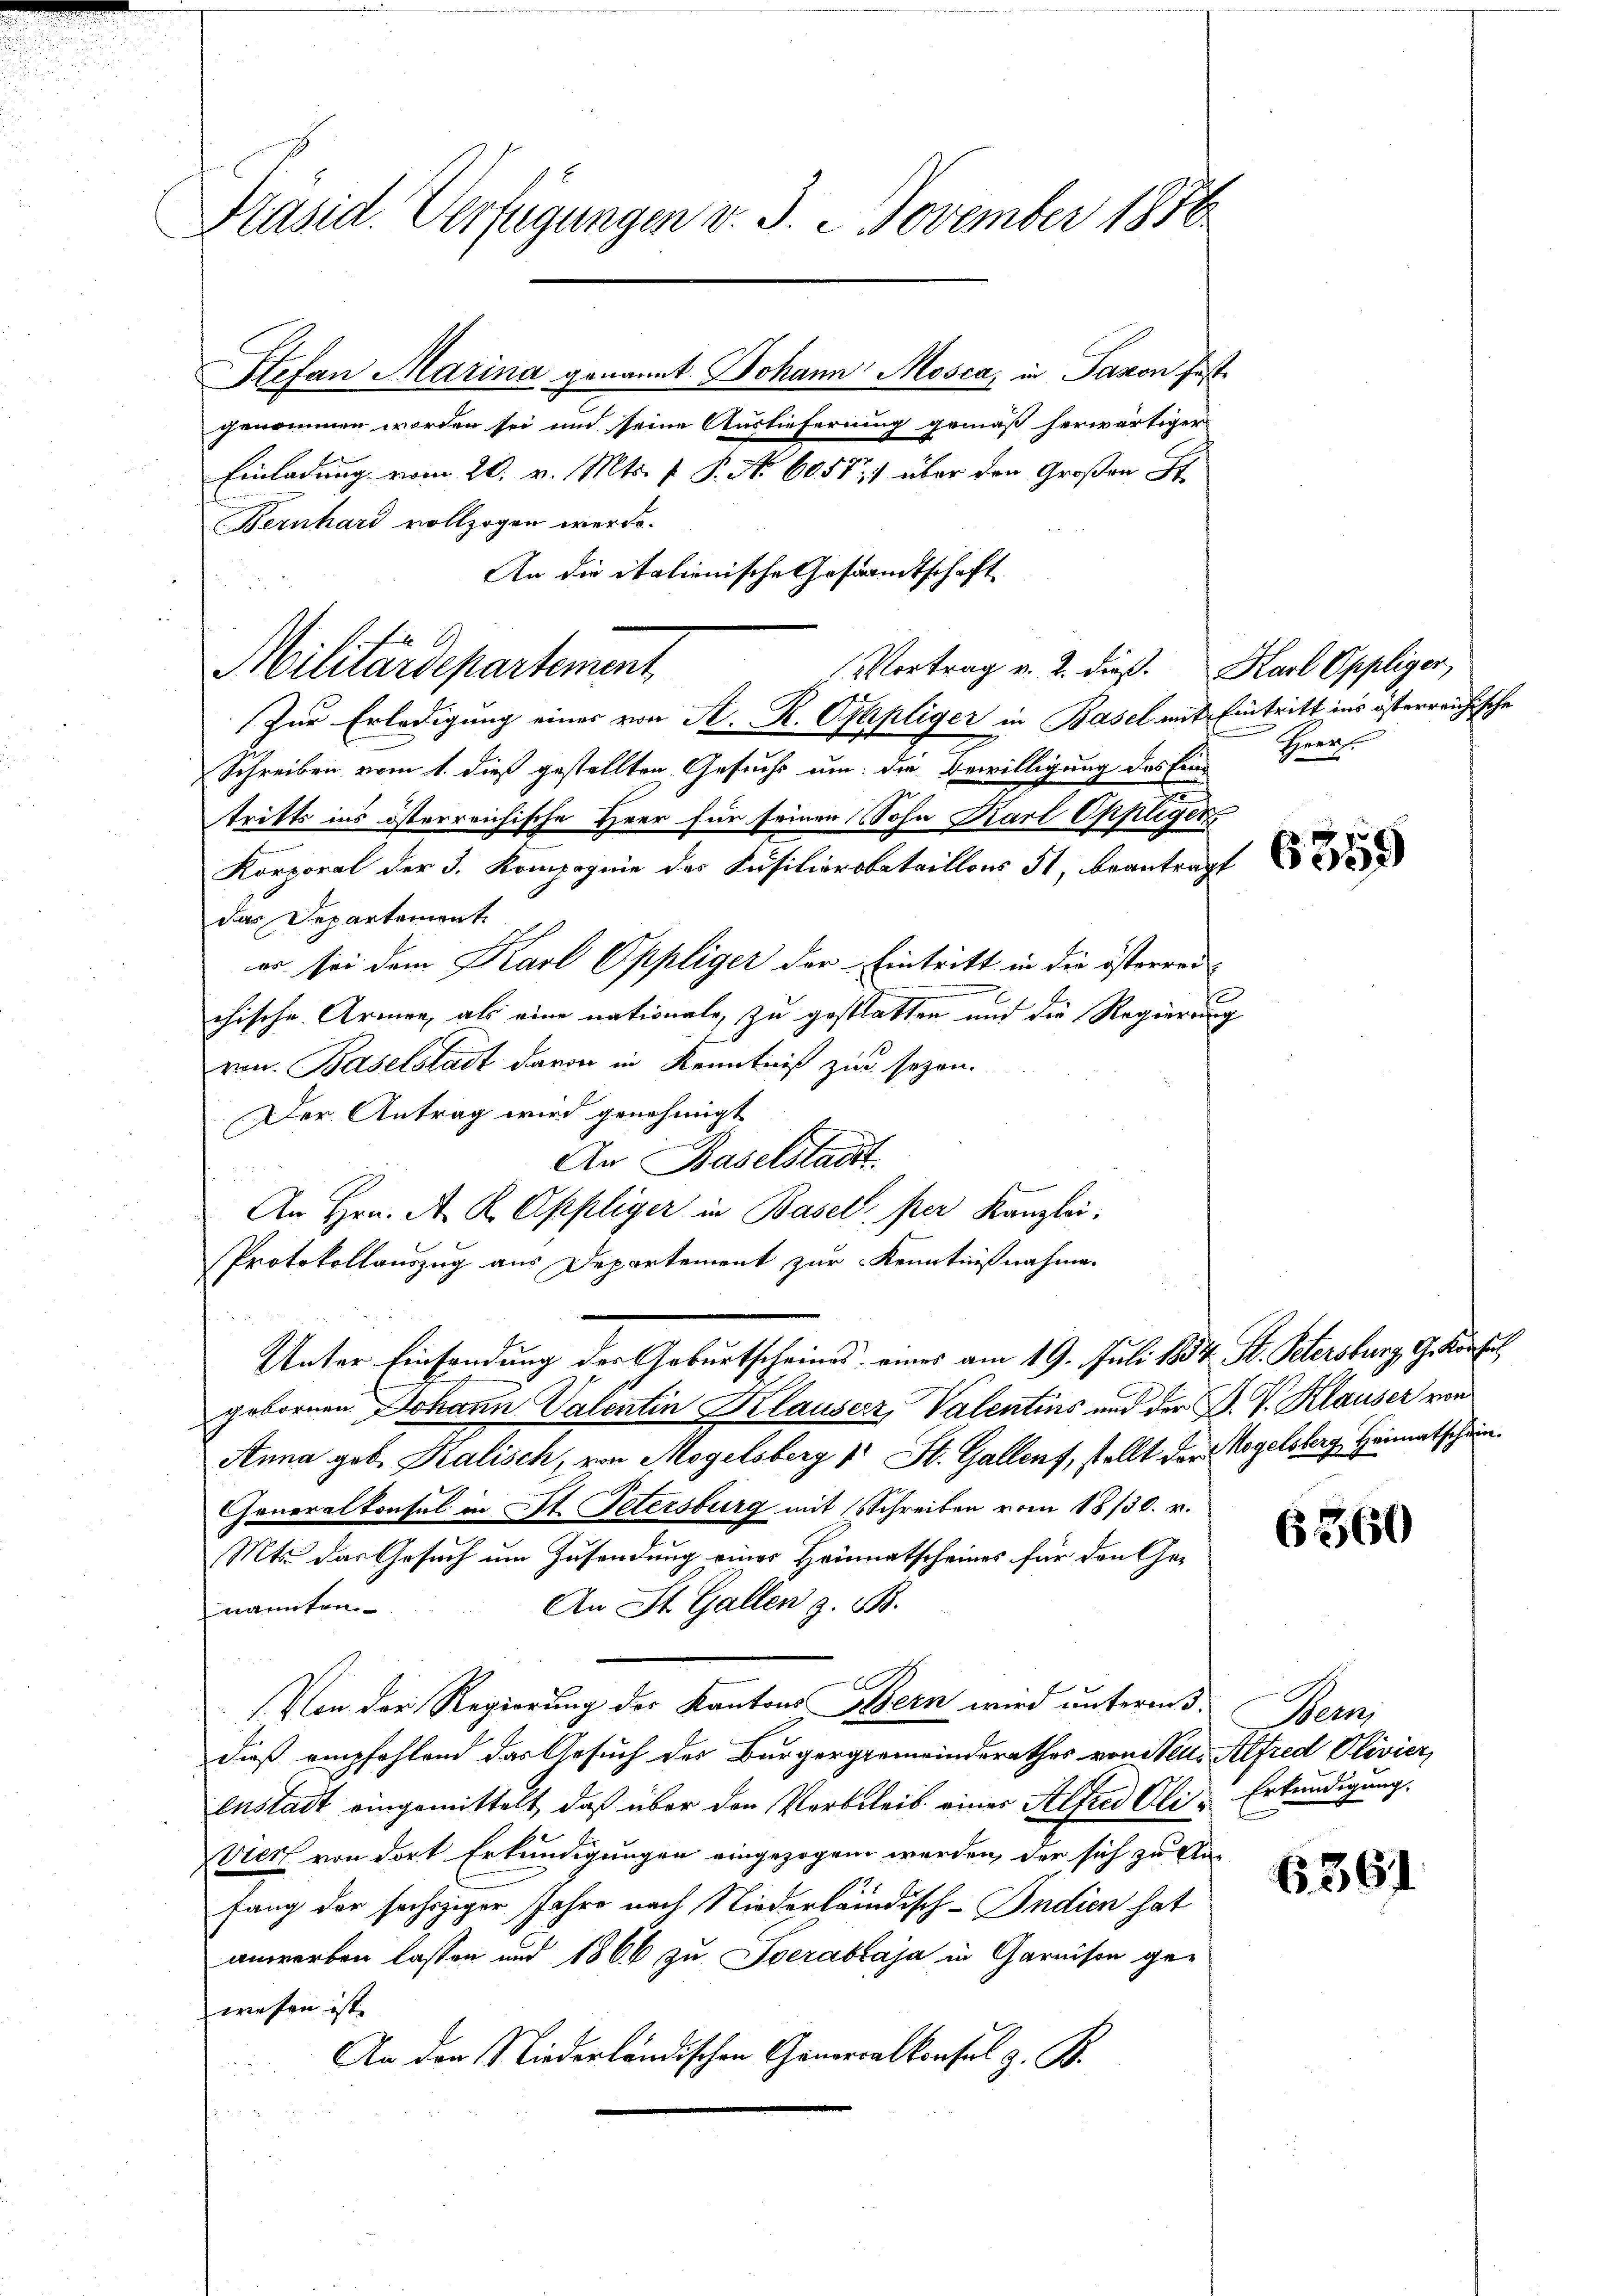
Präsid. Verfügungen v. J. 2 November 1816.

Stefan Marina genannt Johann Mosca, in Panon festgenommen worden sei und seine Auslieferung gemäß herwärtiger
Einladung vom 20. v. Mts. 1 P. No 6058) über den Großen St.
Bernhard vollzogen werde.
An die italienische Gesandtschaft
Schreiben vom 1. dieß gestellten Gesuchs um die Bewilligung des Eins
tritts ins österreichische Heer für seinen Sohn Karl Oppliger,
Korporal der 3. Kompagnie des Kusilierobataillons St. beantragt
das Departement
es sei dem Karl Oppliger der Eintritt in die österrei-
chische Armen, als eine nationale, zu gestatten und die Regierung
von Baselstadt davon in Kenntniß zur sezen.
Der Antrag wird genehmigt
2
An Baselstadt.
An Hrn. A. R. Oppliger in Basel, per Kanzlei.
Protokollauszug aus Departement zur Kenntnißnahme.
Unter Einsendung der Geburtscheines eines am 19. Juli 1834. St. Petersburg, G. Konfe
gebornen Johann Valentin Klauserz, Valentins und der B. V. Klauser von
Anna geb. Kalisch, von Mogelsberg 1 St. Gallent, stellt der Mogelsberg g
Generalkonsul in St. Petersburg mit Schreiben vom 18/30. v.
Mts. das Gesuch um Zusendung einer Heimatscheines für den Ge¬
An St. Gallen z. B.
nannten
Von der Regierung des Kantons Bern wird unterm 3.
dieß empfehlend das Gesuch des Bürgergemeinderathes von Stell- Alfred Olivier,
enstadt eingemittelt, daß über den Verbleib eines Alfred Eli-Erkundigung.
Vier von dort Erkundigungen eingezogen werden, der sich zu An-
fang der sechziger Jahre nach Niederländisch-Indien hat
anwerben lassen und 1866 zu verabraja in Garnison ge-
wesen ist.
An der Niederländischen Generalkonsul z. B.

Militärdepartement

Zur Erledigung eines von A. R. Oppliger in Basel mit Eintritt ins österreichische

Vortrag v. 2. dieß. Karl Oppliger,

Heerf

6359

Heimatschein.

6360

Wein

6361